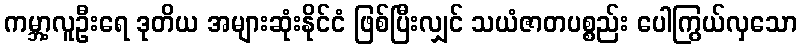
ကမ္ဘာ့လူဦးရေ ဒုတိယ အများဆုံးနိုင်ငံ ဖြစ်ပြီးလျှင် သယံဇာတပစ္စည်း ပေါကြွယ်လှသော